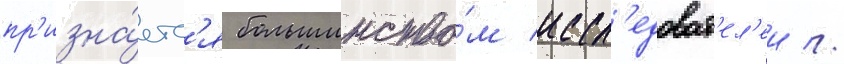
пр'изна́етс'я большинство́м иссл'едоват'ел'еи //